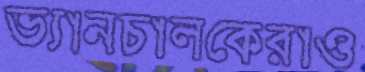
ভ্যানচালকেরাও